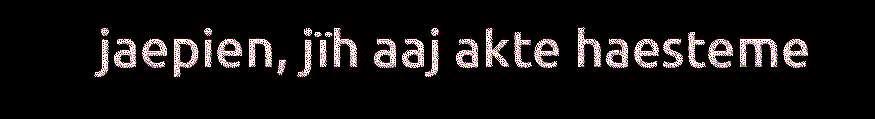
jaepien, jïh aaj akte haesteme